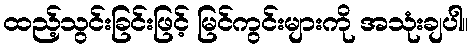
ထည့်သွင်းခြင်းဖြင့် မြင်ကွင်းများကို အသုံးချပါ။